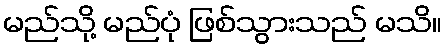
မည်သို့ မည်ပုံ ဖြစ်သွားသည် မသိ။